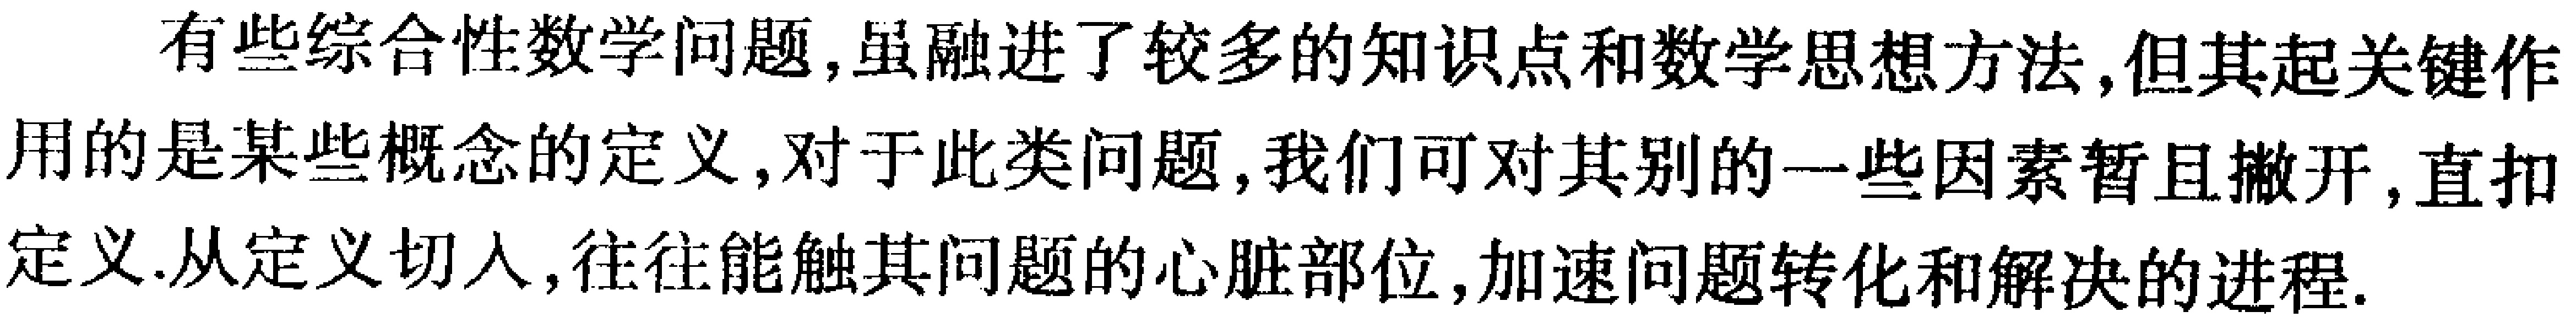
有些综合性数学问题,虽融进了较多的知识点和数学思想方法,但其起关键作

用的是某些概念的定义,对于此类问题,我们可对其别的一些因素暂且撇开,直扣

定义.从定义切入,往往能触其问题的心脏部位,加速问题转化和解决的进程.